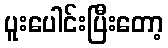
ပူးပေါင်းပြီးတော့